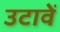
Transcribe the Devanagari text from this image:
उटावें